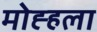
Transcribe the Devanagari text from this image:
मोह्हला